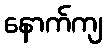
နောက်ကျ